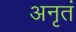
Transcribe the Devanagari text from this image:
अनृतं